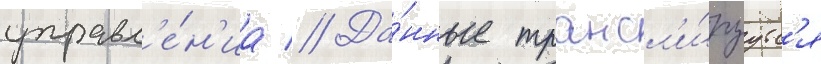
управл'е́н'иа // Да́нные трансл'и́руутс'я